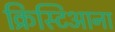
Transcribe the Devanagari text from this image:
क्रिस्टिआना